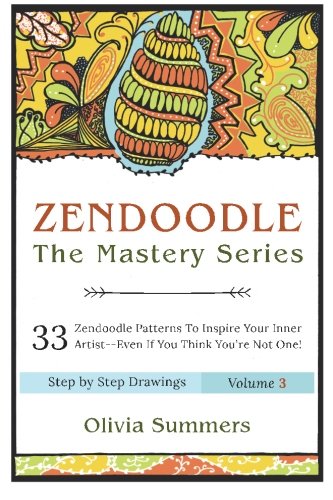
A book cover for Zendoodle: 33 Zendoodle Patterns to Inspire Your Inner Artist--Even if You Think You're Not One (Zendoodle Mastery Series) (Volume 3); Olivia Summers; Arts & Photography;